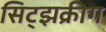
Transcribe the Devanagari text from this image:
सिट्झक्रीग